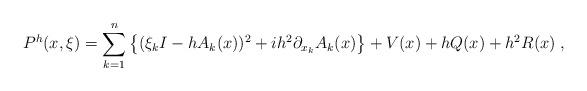
LaTeX: \begin{align*} P^h(x,\xi )=\sum_{k=1}^{n}\left \{ (\xi_kI -hA_k(x))^2 +ih^2\partial_{x_k}A_k(x)\right\} + V(x) + hQ(x) +h^2R(x)\; ,\end{align*}